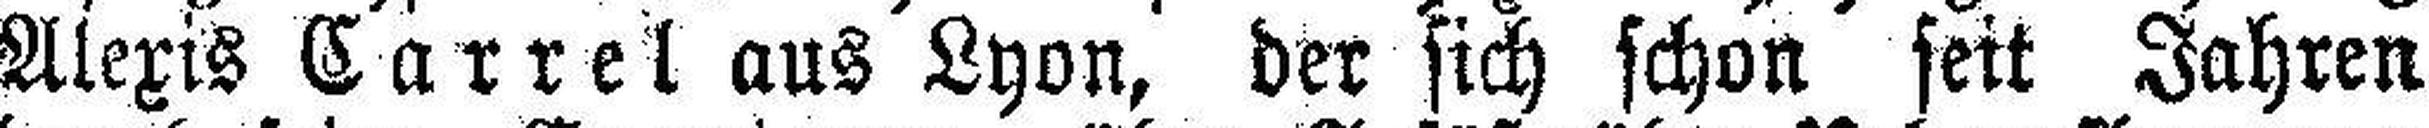
Alexis Carrel aus Lyon, der sich schon seit Jahren